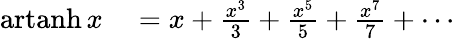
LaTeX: \begin{array}{rl}{\operatorname{artanh}x}&{{}=x+{\frac{x^{3}}{3}}+{\frac{x^{5}}{5}}+{\frac{x^{7}}{7}}+\cdots}\end{array}